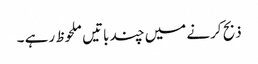
ذبح کرنے میں چند باتیں ملحوظ رہے ۔